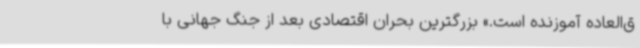
ق‌العاده آموزنده است.» بزرگترین بحران اقتصادی بعد از جنگ جهانی با